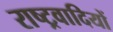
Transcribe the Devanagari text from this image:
राष्‍ट्रवादियों